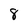
Character: 8